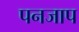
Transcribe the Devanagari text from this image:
पनजाप